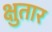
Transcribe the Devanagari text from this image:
क्षुतार